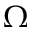
\Omega